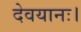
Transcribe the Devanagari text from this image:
देवयानः।